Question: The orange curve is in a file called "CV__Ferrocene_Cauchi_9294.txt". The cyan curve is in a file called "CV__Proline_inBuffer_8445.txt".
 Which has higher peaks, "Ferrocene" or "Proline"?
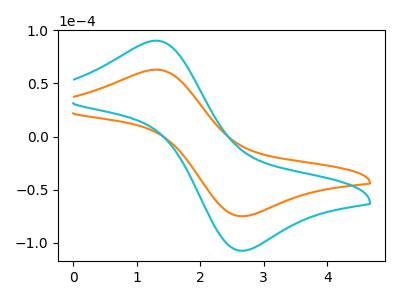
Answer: <think>The orange curve "Ferrocene" has an anodic peak at (1.30V, 63.00uA) and a cathodic peak at (2.70V, -75.00uA). The cyan curve "Proline" has an anodic peak at (1.30V, 90.30uA) and a cathodic peak at (2.70V, -107.50uA).</think>
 <answer>Every peak in "Ferrocene" is lower than every peak in "Proline".</answer>
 <eval>lower</eval>